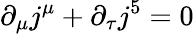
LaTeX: \partial_{\mu}j^{\mu}+\partial_{\tau}j^{5}=0